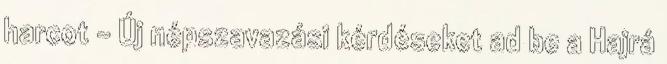
harcot - Új népszavazási kérdéseket ad be a Hajrá